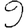
Digit: 9